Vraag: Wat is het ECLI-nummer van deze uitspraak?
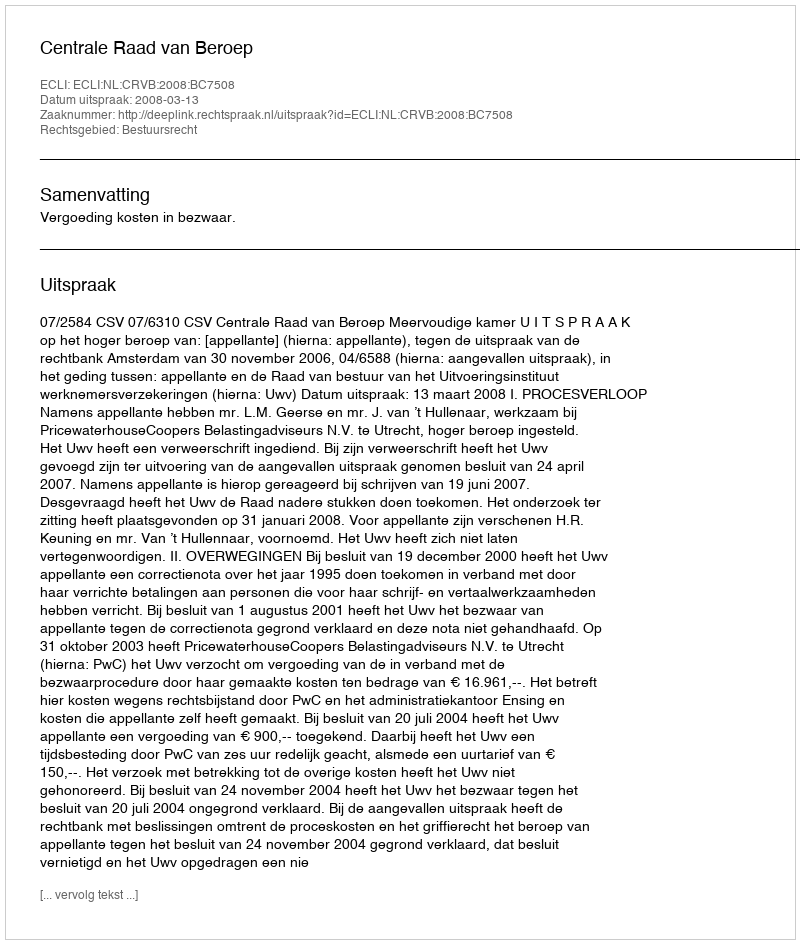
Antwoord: ECLI:NL:CRVB:2008:BC7508